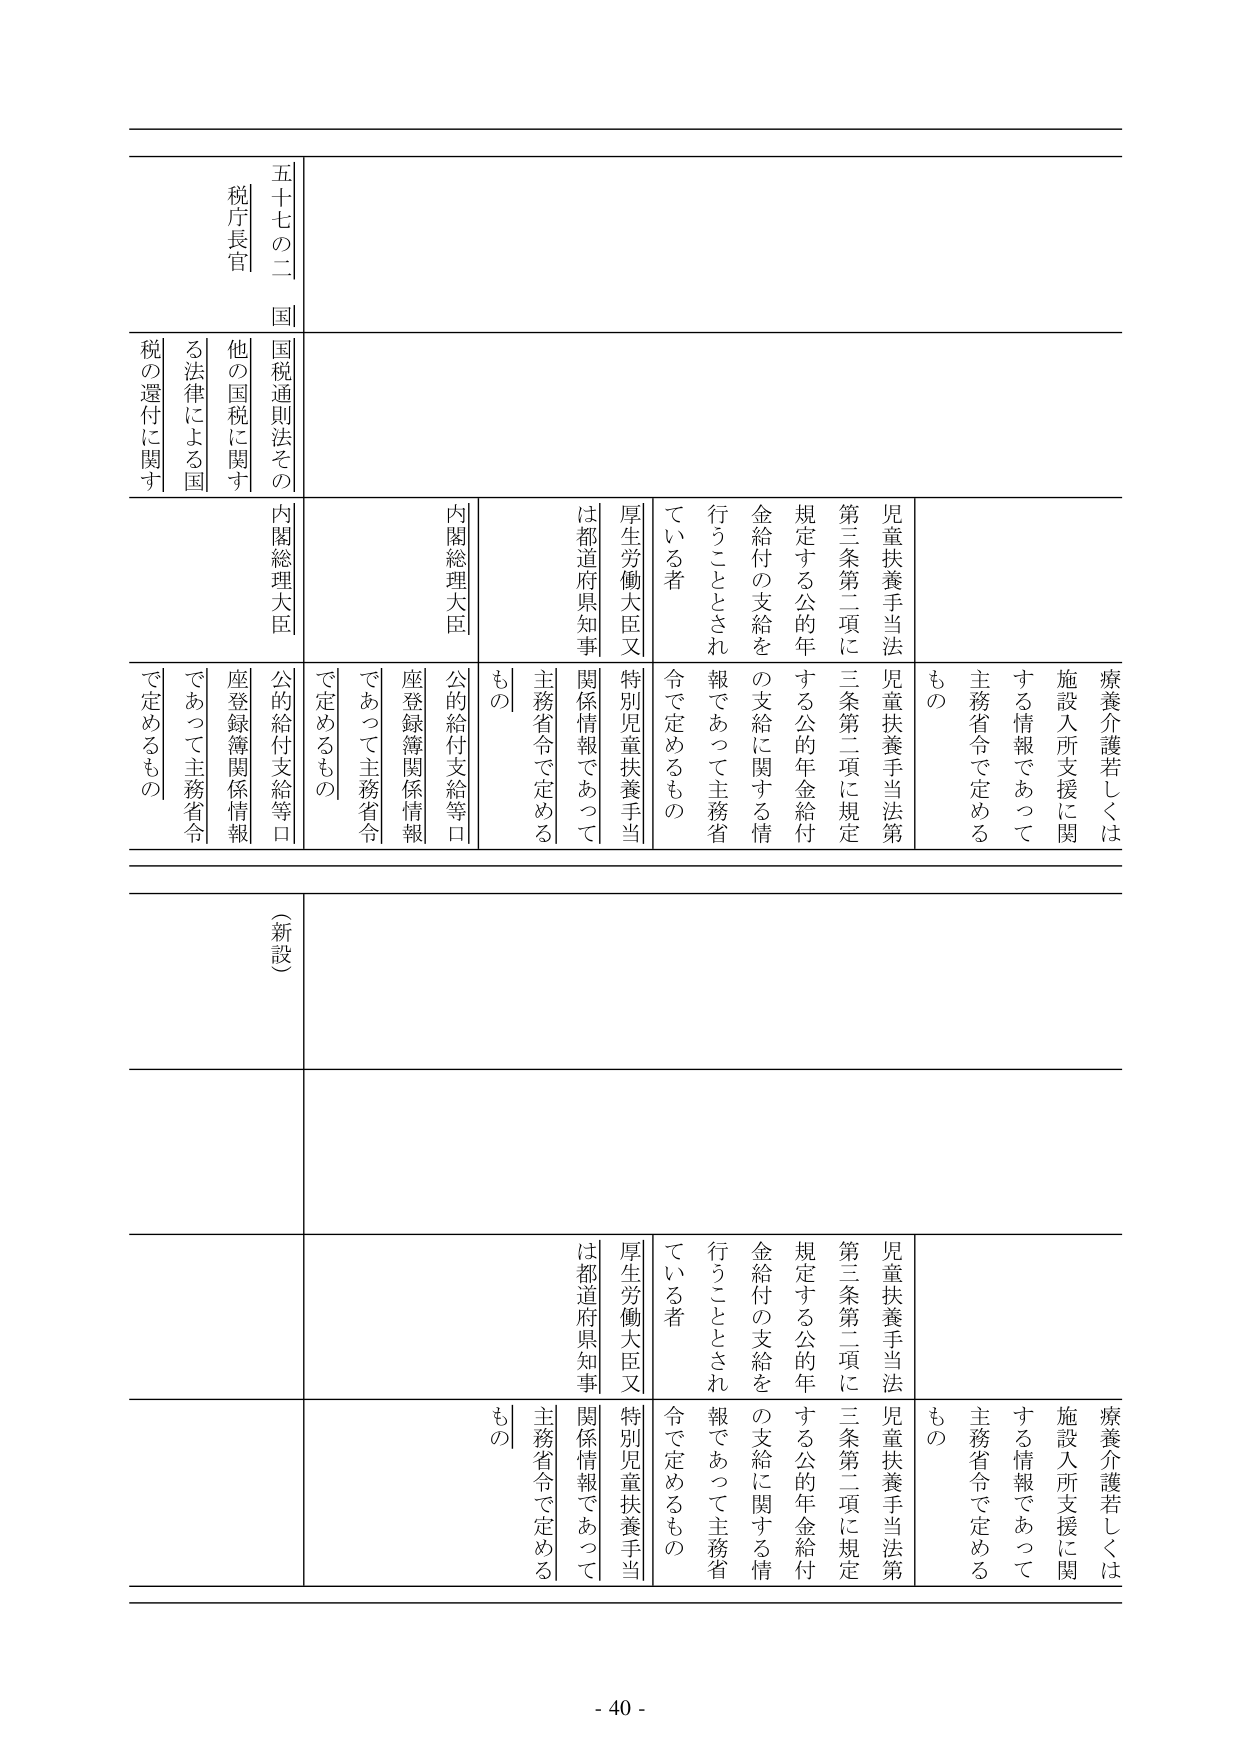
五十七の二
国
税庁長官

国税通則法その
他の国税に関する法律による国
税の還付に関する

内閣総理大臣
内閣総理大臣

療養介護若しくは
施設入所支援に関する情報であって
主務省令で定める
もの

児童扶養手当法
第三条第二項に規定する公的年金給付の支給を
行うこととされている者
厚生労働大臣又は都道府県知事
特別児童扶養手当関係情報であって
主務省令で定める
もの

公的給付支給等口座登録簿関係情報
であって主務省令で定めるもの

（新設）

療養介護若しくは
施設入所支援に関する情報であって
主務省令で定める
もの

児童扶養手当法
第三条第二項に規定する公的年金給付の支給を
行うこととされている者
厚生労働大臣又は都道府県知事
特別児童扶養手当関係情報であって
主務省令で定める
もの

公的給付支給等口座登録簿関係情報
であって主務省令で定めるもの

- 40 -